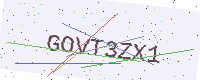
Text: GOVT3ZX1